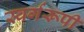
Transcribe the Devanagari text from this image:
स्वर्गरूपी